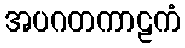
အပဂတကာဠကံ